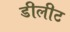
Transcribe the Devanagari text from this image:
डीलीट